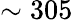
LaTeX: \sim 305